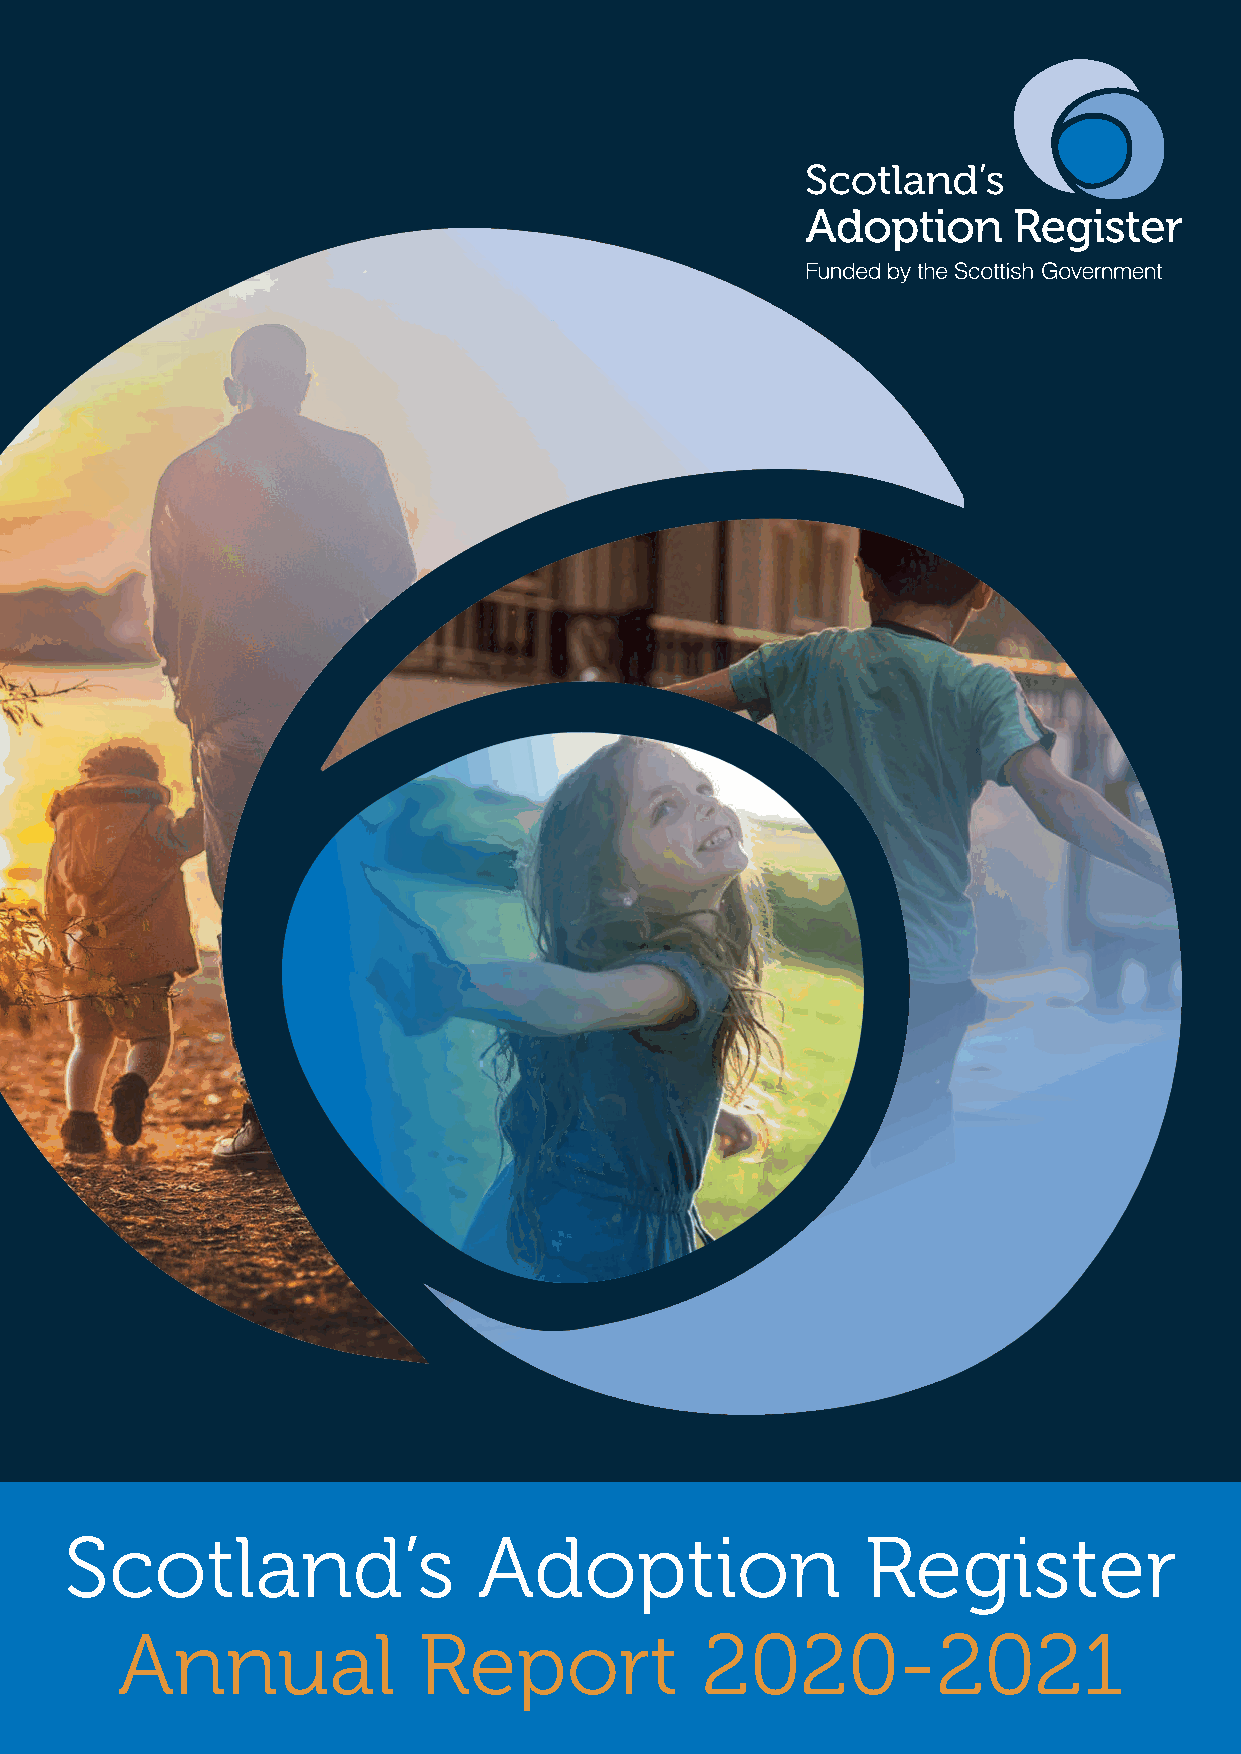
Introduction
 Scotland’s                  Adoption                 Register
 Annual              Report            2020-2021
 1                 Scotland’s Adoption Register Annual Report 2020-21